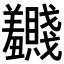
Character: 𬚂